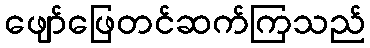
ဖျော်ဖြေတင်ဆက်ကြသည်